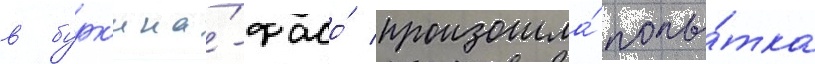
в бурк'ина́-фасо́ произошла́ попы́тка